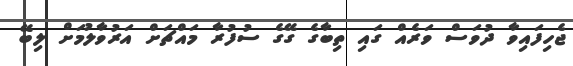
ޖެހިފައިވާ ދުވަސް ވަރެއް ގައި ތިބާގެ ގޭގެ ސުފުރާ މައްޗަށް އަރުވާލުމަށް ލިބޭ